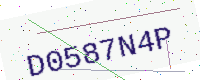
Text: D0587N4P